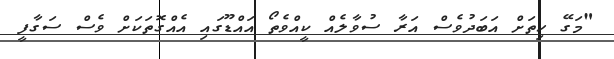
"މަގޭ ހިތަށް އަބަދުވެސް އަރާ ސުވާލެއް ކީއްވެތޯ އައްޑޫގައި އެއްގޮތަކަށް ވެސް ސަގާފީ